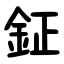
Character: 鉦